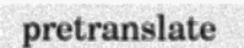
pretranslate